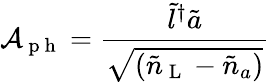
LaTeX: \mathcal{A}_{\mathrm{~p~h~}}=\frac{\tilde{l}^{\dagger}\tilde{a}}{\sqrt{(\tilde{n}_{\mathrm{~L~}}-\tilde{n}_{a})}}